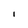
Character: l